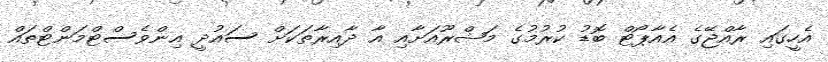
އެހީގައި ރާއްޖޭގެ އެއާޕޯޓް ބޮޑު ކުރުމުގެ މަޝްރޫއަށާއި އާ ދާއިރާތަކަށް ސައުދީ އިންވެސްޓްމަންޓްތައް